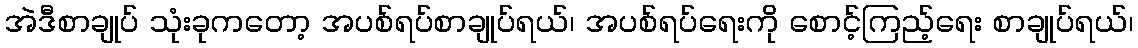
အဲဒီစာချုပ် သုံးခုကတော့ အပစ်ရပ်စာချုပ်ရယ်၊ အပစ်ရပ်ရေးကို စောင့်ကြည့်ရေး စာချုပ်ရယ်၊